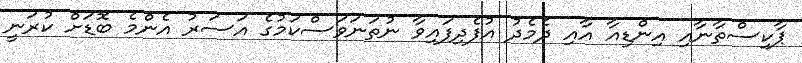
ޕާކިސްތާނާއި އިންޑިއާ އާއި ދެމެދު އުފެދިފައިވާ ނުތަނަވަސްކަމުގެ އަސަރު އެންމެ ބޮޑަށް ކުރަނީ